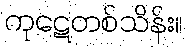
ကုဋေတစ်သိန်း။